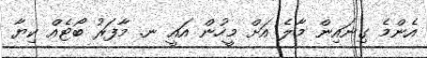
އެންމެ ގިނައިން މާލެ އަށް މީހުން އައީ ނ. މާފަރު ބޯޓެއް ކިޔާ